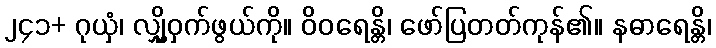
၂၄၁+ ဂုယှံ၊ လျှို့ဝှက်ဖွယ်ကို။ ဝိဝရေန္တိ၊ ဖော်ပြတတ်ကုန်၏။ နဓာရေန္တိ၊